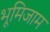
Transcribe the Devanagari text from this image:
भूमिजाम